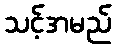
သင့်အမည်